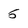
Character: 5